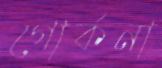
গোর্কনা